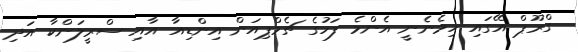
ގްރޫޕް އޭގައި ހިމެނެނީ އެންމެ ފަހުގެ ޗެމްޕިއަން އިންޑިއާ އާއި ސްރީލަންކާ އަދި